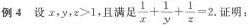
例4 设x，y，z>1，且满足 $$\frac{1}{x}+\frac{1}{y}+\frac{1}{z}=2$$. 证明: